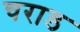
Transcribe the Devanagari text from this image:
चराड